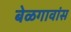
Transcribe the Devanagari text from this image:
बेळगावांस